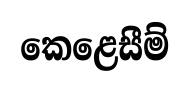
කෙළෙසීම්